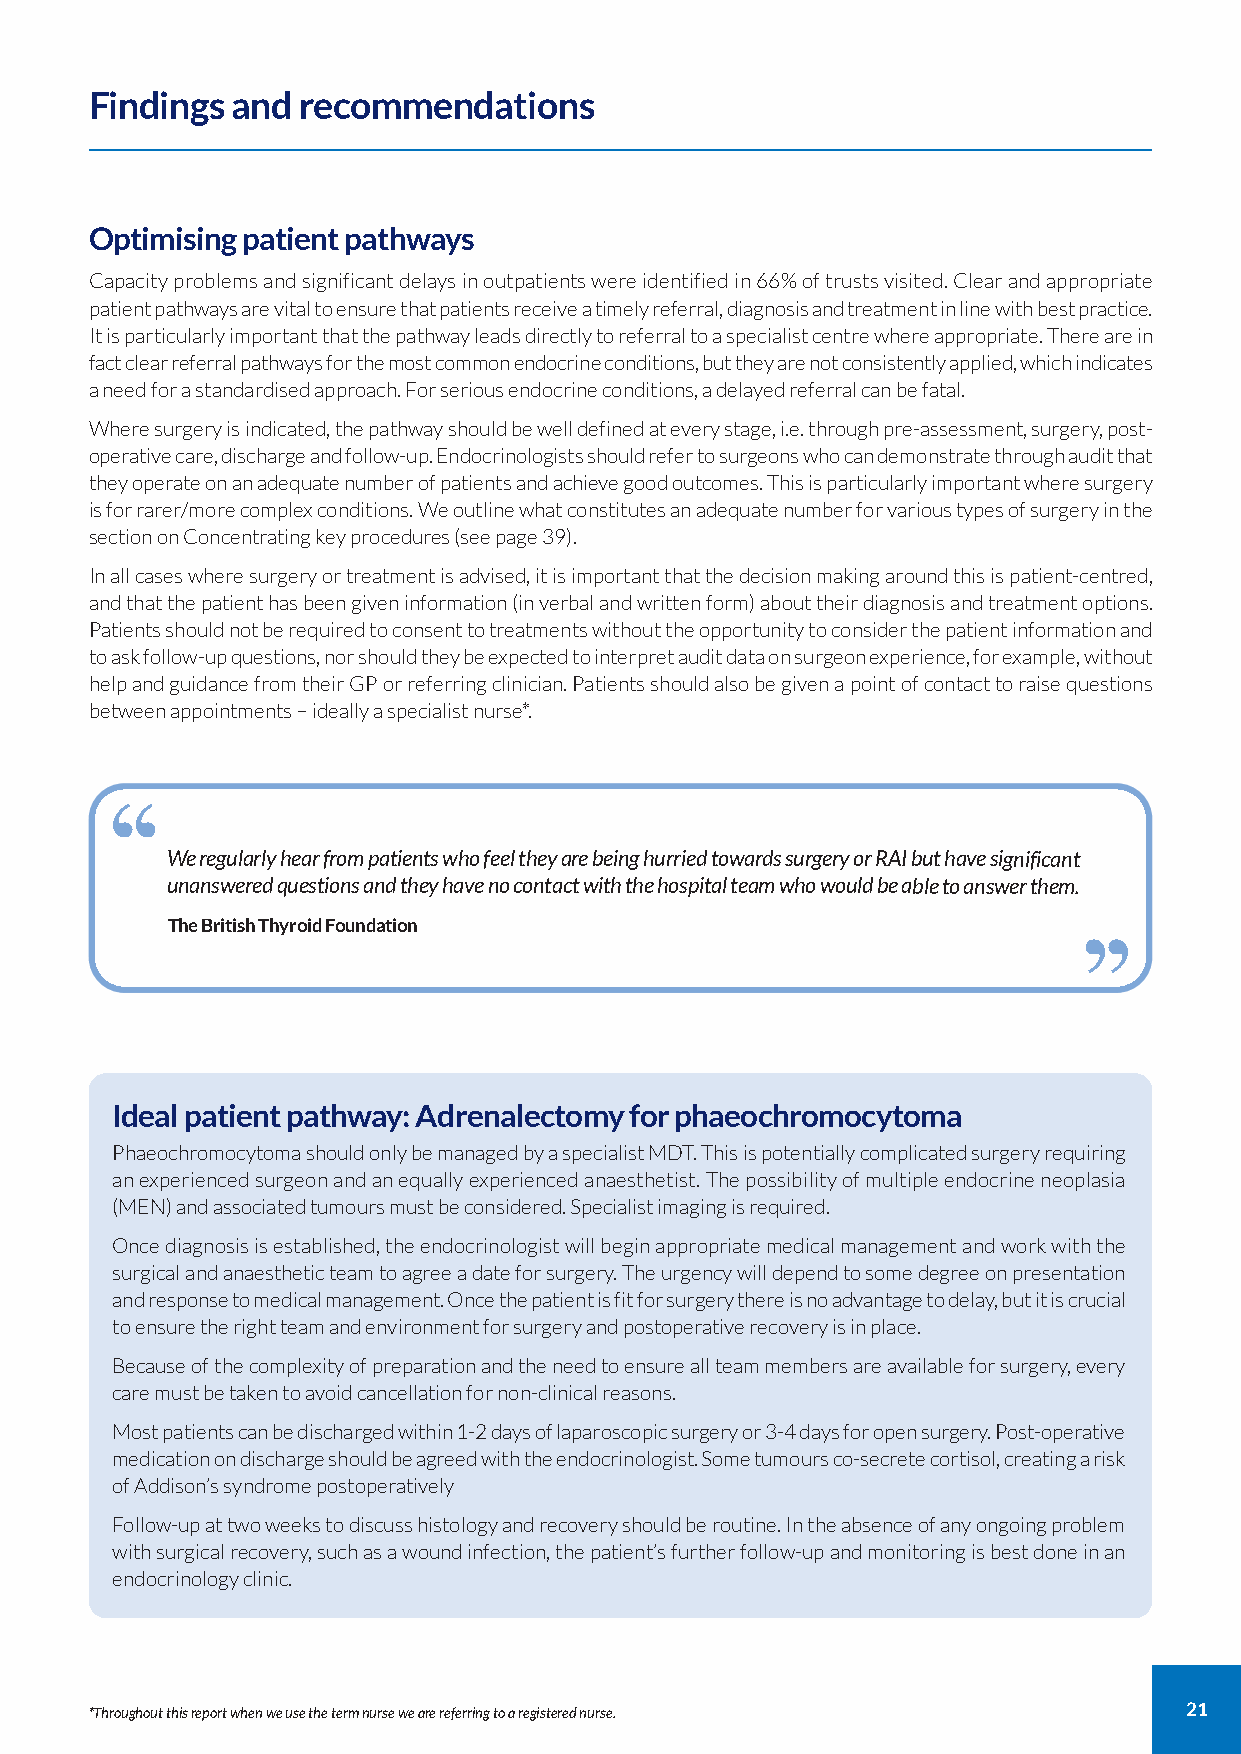
Findings and  recommendations
 Optimising patient pathways
 Capacity problems and significant delays in outpatients were identified in 66% of trusts visited. Clear and appropriate
 patient pathways are vital to ensure that patients receive a timely referral, diagnosis and treatment in line with best practice.
 It is particularly important that the pathway leads directly to referral to a specialist centre where appropriate. There are in
 fact clear referral pathways for the most common endocrine conditions, but they are not consistently applied, which indicates
 a need for a standardised approach. For serious endocrine conditions, a delayed referral can be fatal.
 Where surgery is indicated, the pathway should be well defined at every stage, i.e. through pre-assessment, surgery, post-
 operative care, discharge and follow-up. Endocrinologists should refer to surgeons who can demonstrate through audit that
 they operate on an adequate number of patients and achieve good outcomes. This is particularly important where surgery
 is for rarer/more complex conditions. We outline what constitutes an adequate number for various types of surgery in the
 section on Concentrating key procedures (see page 39).
 In all cases where surgery or treatment is advised, it is important that the decision making around this is patient-centred,
 and that the patient has been given information (in verbal and written form) about their diagnosis and treatment options.
 Patients should not be required to consent to treatments without the opportunity to consider the patient information and
 to ask follow-up questions, nor should they be expected to interpret audit data on surgeon experience, for example, without
 help and guidance from their GP or referring clinician. Patients should also be given a point of contact to raise questions
 between appointments – ideally a specialist nurse*.
 ‘‘
 We regularly hear from patients who feel they are being hurried towards surgery or RAI but have significan‘t ‘
 unanswered questions and they have no contact with the hospital team who would be able to answer them.
 The British Thyroid Foundation
 Ideal patient pathway: Adrenalectomy for phaeochromocytoma
 Phaeochromocytoma should only be managed by a specialist MDT. This is potentially complicated surgery requiring
 an experienced surgeon and an equally experienced anaesthetist. The possibility of multiple endocrine neoplasia
 (MEN) and associated tumours must be considered. Specialist imaging is required.
 Once diagnosis is established, the endocrinologist will begin appropriate medical management and work with the
 surgical and anaesthetic team to agree a date for surgery. The urgency will depend to some degree on presentation
 and response to medical management. Once the patient is fit for surgery there is no advantage to delay, but it is crucial
 to ensure the right team and environment for surgery and postoperative recovery is in place.
 Because of the complexity of preparation and the need to ensure all team members are available for surgery, every
 care must be taken to avoid cancellation for non-clinical reasons.
 Most patients can be discharged within 1-2 days of laparoscopic surgery or 3-4 days for open surgery. Post-operative
 medication on discharge should be agreed with the endocrinologist. Some tumours co-secrete cortisol, creating a risk
 of Addison’s syndrome postoperatively
 Follow-up at two weeks to discuss histology and recovery should be routine. In the absence of any ongoing problem
 with surgical recovery, such as a wound infection, the patient’s further follow-up and monitoring is best done in an
 endocrinology clinic.
 *Throughout this report when we use the term nurse we are referring to a registered nurse. 21